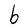
Character: b